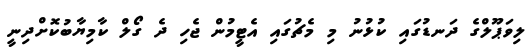
ލިވަޕޫލްގެ ދަނޑުގައި ކުޅުނު މި މެޗުގައި އެޓީމުން ޖެހި ދެ ގޯލް ކާމިޔާބުކޮށްދިނީ